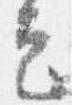
定